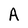
Character: A